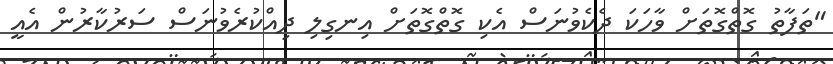
"ތަފާތު ގޮތްގޮތަށް ވާހަކަ ދެކެވުނަސް އެކި ގޮތްގޮތަށް އިނގިލި ދިއްކުރެވުނަސް ސަރުކާރުން އެއީ